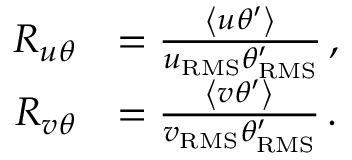
\begin{array} { r l } { R _ { u \theta } } & { = \frac { \left< u \theta ^ { \prime } \right> } { u _ { \mathrm { { R M S } } } \theta _ { \mathrm { R M S } } ^ { \prime } } \, , } \\ { R _ { v \theta } } & { = \frac { \left< v \theta ^ { \prime } \right> } { v _ { \mathrm { { R M S } } } \theta _ { \mathrm { R M S } } ^ { \prime } } \, . } \end{array}